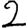
Digit: 2